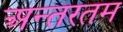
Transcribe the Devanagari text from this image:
अन्तरतम